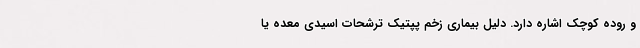
و روده کوچک اشاره دارد. دلیل بیماری زخم پپتیک ترشحات اسیدی معده یا